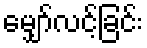
မျှော်လင့်ခြင်း